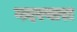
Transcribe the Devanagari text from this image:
गदरवारा